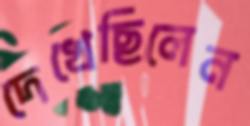
দেখেছিলেন